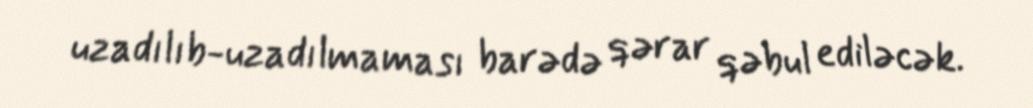
uzadılıb-uzadılmaması barədə qərar qəbul ediləcək.